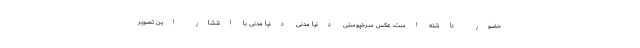
حضور داشته است. عکس سرخپوستی دنیا مدنی دنیا مدنی با انتشار این تصویر